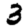
Digit: 3